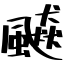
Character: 飇